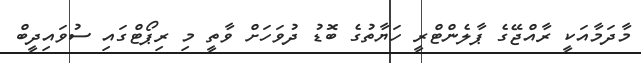
މާދަމާއަކީ ރާއްޖޭގެ ޕާލެންޓްރީ ހަޔާތުގެ ބޮޑު ދުވަހަށް ވާތީ މި ރިޕޯޓްގައި ސުވައިދީބް